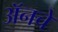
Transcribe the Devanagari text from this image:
अॅनचे